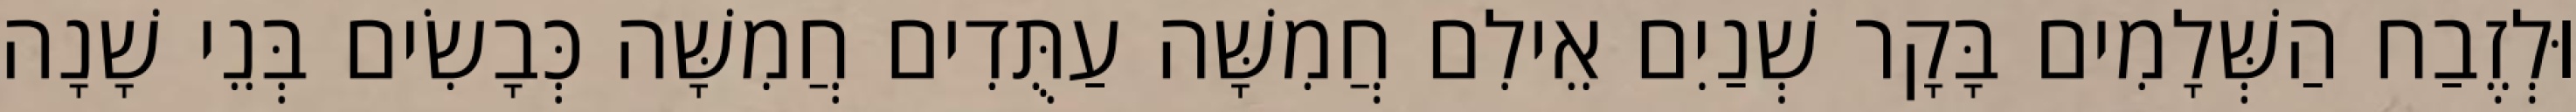
וּלְזֶבַח הַשְּׁלָמִים בָּקָר שְׁנַיִם אֵילִם חֲמִשָּׁה עַתֻּדִים חֲמִשָּׁה כְּבָשִׂים בְּנֵי שָׁנָה